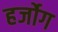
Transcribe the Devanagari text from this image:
हर्जोग